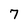
Character: 7